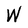
Character: W